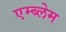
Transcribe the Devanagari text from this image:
एम्ब्लेम